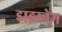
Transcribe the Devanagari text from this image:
डाइरनेम